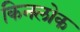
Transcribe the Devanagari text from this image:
किनलोक